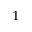
^ 1